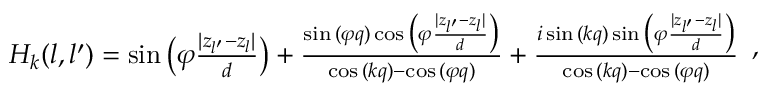
\begin{array} { r } { H _ { k } ( l , l ^ { \prime } ) = \sin { \big ( \varphi \frac { | z _ { l ^ { \prime } } - z _ { l } | } { d } \big ) } + \frac { \sin { ( \varphi q ) } \cos { \big ( \varphi \frac { | z _ { l ^ { \prime } } - z _ { l } | } { d } \big ) } } { \cos { ( k q ) } - \cos { ( \varphi q ) } } + \frac { i \sin { ( k q ) } \sin { \big ( \varphi \frac { | z _ { l ^ { \prime } } - z _ { l } | } { d } \big ) } } { \cos { ( k q ) } - \cos { ( \varphi q ) } } } \end{array} ,